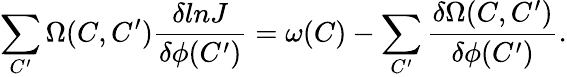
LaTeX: \sum_{C^{\prime}}\Omega(C,C^{\prime}){\frac{\delta lnJ}{\delta\phi(C^{\prime})}}=\omega(C)-\sum_{C^{\prime}}{\frac{\delta\Omega(C,C^{\prime})}{\delta\phi(C^{\prime})}}.